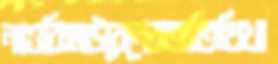
নাওবিহাউবেনেরঅতিথিখা